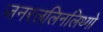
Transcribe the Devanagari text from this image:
जनरललिनलिथ्गो